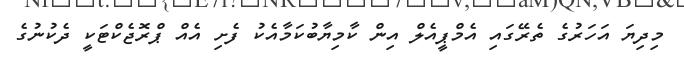
މިދިޔަ އަހަރުގެ ތެރޭގައި އެމްޕީއެލް އިން ކާމިޔާބުކަމާއެކު ފެށި އެއް ޕްރޮޖެކްޓަކީ ދެކުނުގެ